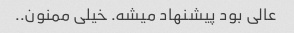
عالی بود پیشنهاد میشه. خیلی ممنون..